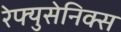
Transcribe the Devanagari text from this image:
रेफ्युसेनिक्स